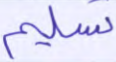
تسليم